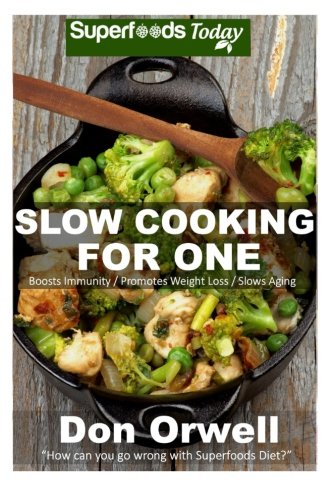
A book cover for Slow Cooking for One: 60+ Slow Cooker Meals, Antioxidants & Phytochemicals, Soups Stews and Chilis, Gluten Free Cooking, Casserole Meals, Casserole ... Cookbook-Slow Cooker Meals) (Volume 86); Don Orwell; Cookbooks, Food & Wine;